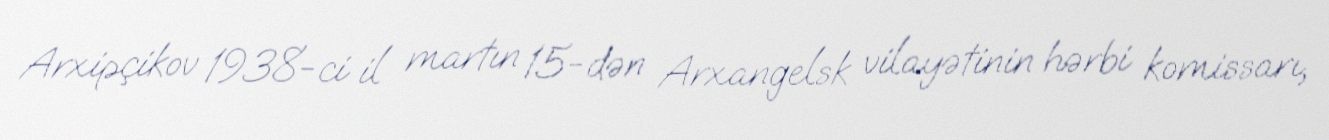
Arxipçikov 1938-ci il martın 15-dən Arxangelsk vilayətinin hərbi komissarı,